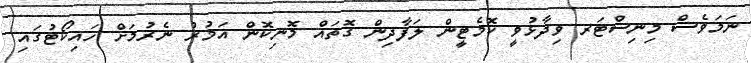
ނަމަވެސް މިނިސްޓަރ ވިދާޅުވީ ކޮމެޓީން ލަފާދިން ގޮތައް މޮނިކޮން އަމުރު ނެރުމަށް ހައިކޯޓުގައި